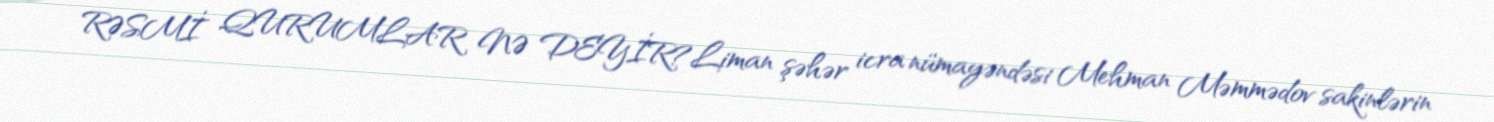
RƏSMİ QURUMLAR NƏ DEYİR?Liman şəhər icra nümayəndəsi Mehman Məmmədov sakinlərin